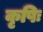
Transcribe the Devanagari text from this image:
कृषिः